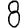
Digit: 8